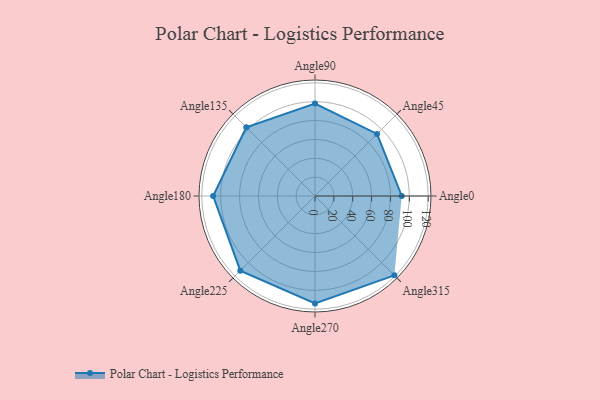
{"axis": {"x": "Angle", "y": "Radius"}, "legend": [""], "data": [{"x": "Angle0", "y": 92.0, "type": ""}, {"x": "Angle45", "y": 93.0, "type": ""}, {"x": "Angle90", "y": 98.0, "type": ""}, {"x": "Angle135", "y": 103.0, "type": ""}, {"x": "Angle180", "y": 108.0, "type": ""}, {"x": "Angle225", "y": 112.0, "type": ""}, {"x": "Angle270", "y": 114.0, "type": ""}, {"x": "Angle315", "y": 119.0, "type": ""}]}